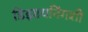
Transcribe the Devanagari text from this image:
डिझायनिंगशी